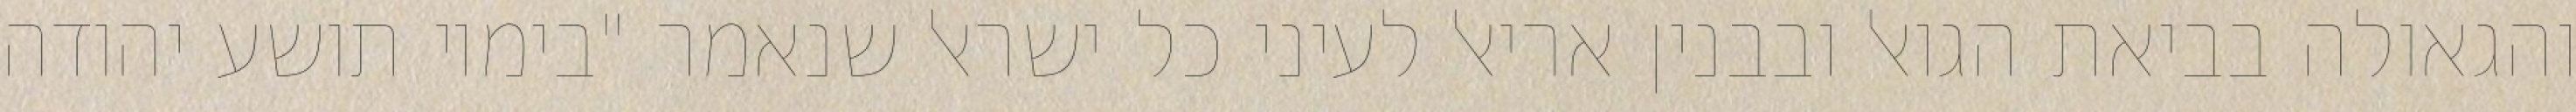
והגאולה בביאת הגואל ובבנין אריאל לעיני כל ישראל שנאמר "בימיו תושע יהודה